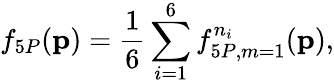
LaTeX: f_{5P}({\mathbf{p}})=\frac{1}{6}\sum_{i=1}^{6}f_{5P,m=1}^{n_{i}}({\mathbf{p}}),